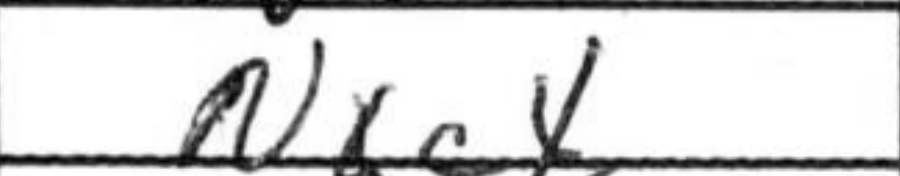
Transcription: Nxc4